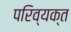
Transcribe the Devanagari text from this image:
परिव्यक्त